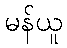
မန်ယူ